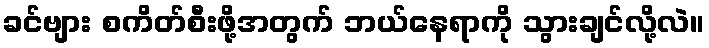
ခင်ဗျား စကိတ်စီးဖို့အတွက် ဘယ်နေရာကို သွားချင်လို့လဲ။